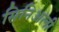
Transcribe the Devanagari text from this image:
सिनिअली